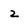
Character: 2